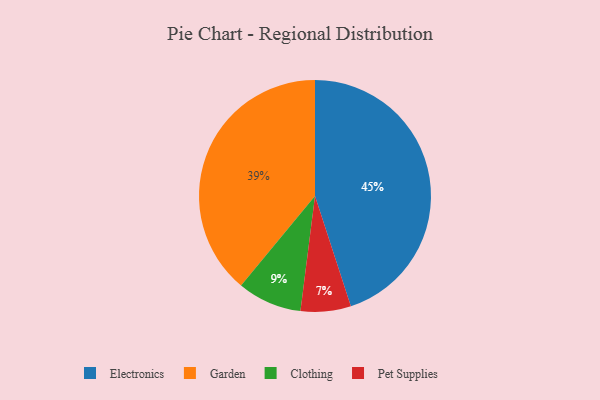
{"axis": {"x": "Category", "y": "Percentage"}, "legend": ["Clothing", "Electronics", "Garden", "Pet Supplies"], "data": [{"x": "Clothing", "y": 9, "type": "Clothing"}, {"x": "Garden", "y": 39, "type": "Garden"}, {"x": "Electronics", "y": 45, "type": "Electronics"}, {"x": "Pet Supplies", "y": 7, "type": "Pet Supplies"}]}